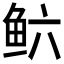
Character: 𲍋